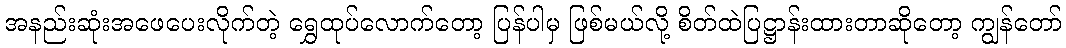
အနည်းဆုံးအဖေပေးလိုက်တဲ့ ရွှေထုပ်လောက်တော့ ပြန်ပါမှ ဖြစ်မယ်လို့ စိတ်ထဲပြဋ္ဌာန်းထားတာဆိုတော့ ကျွန်တော်